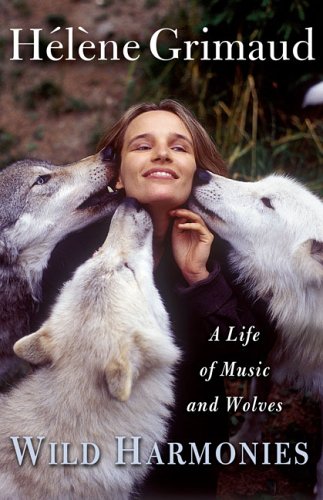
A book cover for Wild Harmonies: A Life of Music and Wolves; Helene Grimaud; Science & Math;